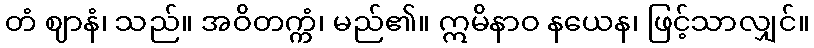
တံ ဈာနံ၊ သည်။ အဝိတက္ကံ၊ မည်၏။ ဣမိနာဝ နယေန၊ ဖြင့်သာလျှင်။